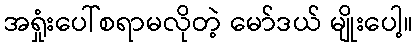
အရှုံးပေါ်စရာမလိုတဲ့ မော်ဒယ် မျိုးပေါ့။